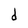
Character: d